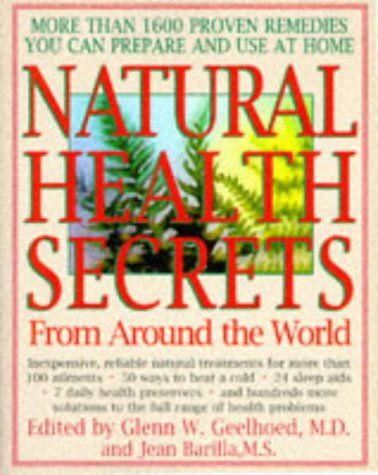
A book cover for Natural Health Secrets from Around the World; Health, Fitness & Dieting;